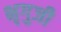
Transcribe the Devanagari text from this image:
भृगुजी